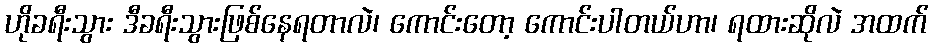
ဟိုခရီးသွား ဒီခရီးသွားဖြစ်နေရတာလဲ၊ ကောင်းတော့ ကောင်းပါတယ်ဟာ၊ ရထားဆိုလဲ အထက်